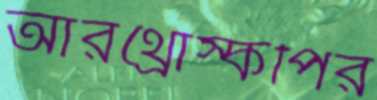
আরথ্রোস্কপির